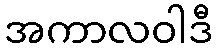
အကာလဝါဒီ